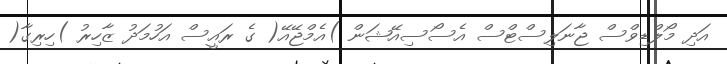
އަދި މޯލްޑިވްސް ޖާނަލިސްޓްސް އެސޯސިއޭޝަން )އެމްޖޭއޭ( ގެ ރައީސް އަހުމަދު ޒާހިރު )ހިރިގާ(